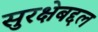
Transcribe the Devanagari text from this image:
सुरक्षेबद्दल